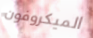
الميكروفون